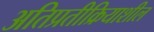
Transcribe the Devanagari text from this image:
अतिप्रतीक्रियाशील